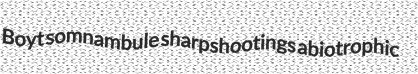
Boyt somnambule sharpshootings abiotrophic